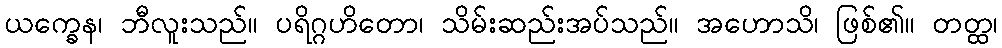
ယက္ခေန၊ ဘီလူးသည်။ ပရိဂ္ဂဟိတော၊ သိမ်းဆည်းအပ်သည်။ အဟောသိ၊ ဖြစ်၏။ တတ္ထ၊